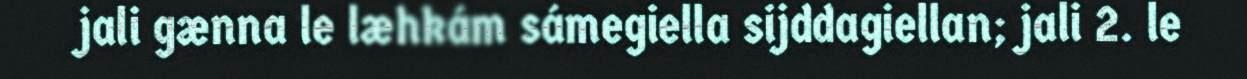
jali gænna le læhkám sámegiella sijddagiellan; jali 2. le